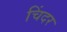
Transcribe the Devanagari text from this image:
चिंदर